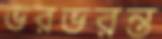
ভরভরন্ত